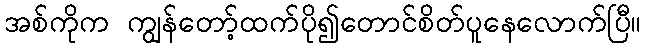
အစ်ကိုက ကျွန်တော့်ထက်ပို၍တောင်စိတ်ပူနေလောက်ပြီ။